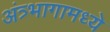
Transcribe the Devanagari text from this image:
अंत्र्भागामध्ये